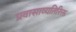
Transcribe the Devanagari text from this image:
प्रवासाव्यतिरिक्त